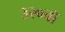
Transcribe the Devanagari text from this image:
३२०वॉ